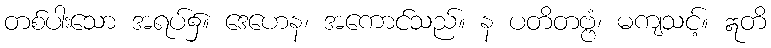
တစ်ပါးသော အရပ်၌။ ဒေဟေန၊ အကောင်သည်။ န ပတိတဗ္ဗံ၊ မကျသင့်။ ဣတိ